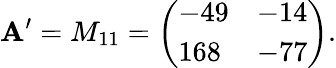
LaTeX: \mathbf{A}^{\prime}=M_{11}={\left(\begin{array}{ll}{-49}&{-14}\\ {168}&{-77}\end{array}\right)}.